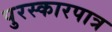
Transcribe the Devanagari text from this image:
पुरस्कारपात्र